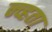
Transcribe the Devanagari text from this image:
न्व्हता